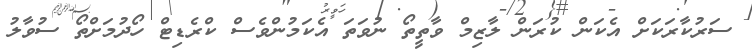
ސަރުކާރަކަށް އެކަން ކުރަން ލާޒިމް ވާތީތޯ ނުވަތަ އެކަމުންވެސް ކްރެޑިޓް ހޯދުމަށްތޯ ސުވާލު